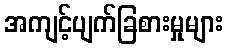
အကျင့်ပျက်ခြစားမှုများ